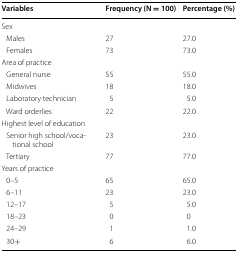
| Variables | Frequency (N = 100) | Percentage (%) |
 | --- | --- | --- |
 | <COLSPAN=3> Sex |
 | Males | 27 | 27.0 |
 | Females | 73 | 73.0 |
 | <COLSPAN=3> Area of practice |
 | General nurse | 55 | 55.0 |
 | Midwives | 18 | 18.0 |
 | Laboratory technician | 5 | 5.0 |
 | Ward orderlies | 22 | 22.0 |
 | <COLSPAN=3> Highest level of education |
 | Senior high school/vocational school | 23 | 23.0 |
 | Tertiary | 77 | 77.0 |
 | <COLSPAN=3> Years of practice |
 | 0–5 | 65 | 65.0 |
 | 6–11 | 23 | 23.0 |
 | 12–17 | 5 | 5.0 |
 | 18–23 | 0 | 0 |
 | 24–29 | 1 | 1.0 |
 | 30+ | 6 | 6.0 |